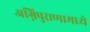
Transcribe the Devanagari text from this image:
अग्निपुराणामध्ये